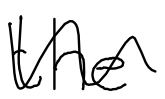
Text: the
Cross-out: wave
Writing tool: digital_black